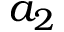
a _ { 2 }